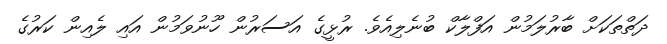
ދަތްތަކަށް ބާރުލަމުން އަފްލާކް ބުނެލިއެވެ. ރުޅީގެ އަސަރުން ހޫނުވަމުން އައި ލެއިން ކަރުގެ